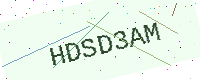
Text: HDSD3AM